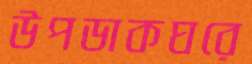
উপডাকঘরে